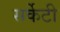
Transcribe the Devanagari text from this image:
सर्केटी